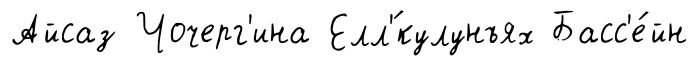
Айсаз Чочерг'ина Елл'́кулунъях Басс'е́йн